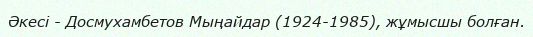
Әкесі - Досмухамбетов Мыңайдар (1924-1985), жұмысшы болған.